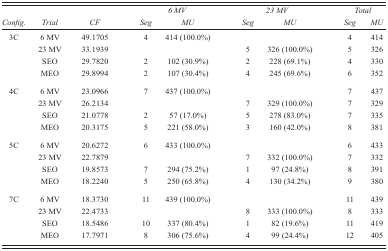
|  |  |  | <COLSPAN=2> 6 MV | <COLSPAN=2> 23 MV | <COLSPAN=2> Total |
 | Confg. | Trial | CF | Seg | MU | Seg | MU | Seg | MU |
 | --- | --- | --- | --- | --- | --- | --- | --- | --- |
 | 3C | 6 MV | 49.1705 | 4 | 414 (100.0%) |  |  | 4 | 414 |
 |  | 23 MV | 33.1939 |  |  | 5 | 326 (100.0%) | 5 | 326 |
 |  | SEO | 29.7820 | 2 | 102 (30.9%) | 2 | 228 (69.1%) | 4 | 330 |
 |  | MEO | 29.8994 | 2 | 107 (30.4%) | 4 | 245 (69.6%) | 6 | 352 |
 | 4C | 6 MV | 23.0966 | 7 | 437 (100.0%) |  |  | 7 | 437 |
 |  | 23 MV | 26.2134 |  |  | 7 | 329 (100.0%) | 7 | 329 |
 |  | SEO | 21.0778 | 2 | 57 (17.0%) | 5 | 278 (83.0%) | 7 | 335 |
 |  | MEO | 20.3175 | 5 | 221 (58.0%) | 3 | 160 (42.0%) | 8 | 381 |
 | 5C | 6 MV | 20.6272 | 6 | 433 (100.0%) |  |  | 6 | 433 |
 |  | 23 MV | 22.7879 |  |  | 7 | 332 (100.0%) | 7 | 332 |
 |  | SEO | 19.8573 | 7 | 294 (75.2%) | 1 | 97 (24.8%) | 8 | 391 |
 |  | MEO | 18.2240 | 5 | 250 (65.8%) | 4 | 130 (34.2%) | 9 | 380 |
 | 7C | 6 MV | 18.3730 | 11 | 439 (100.0%) |  |  | 11 | 439 |
 |  | 23 MV | 22.4733 |  |  | 8 | 333 (100.0%) | 8 | 333 |
 |  | SEO | 18.5486 | 10 | 337 (80.4%) | 1 | 82 (19.6%) | 11 | 419 |
 |  | MEO | 17.7971 | 8 | 306 (75.6%) | 4 | 99 (24.4%) | 12 | 405 |